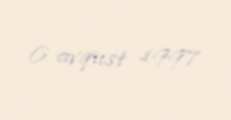
6 avqust 1997